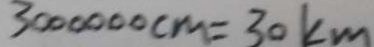
3 0 0 0 0 0 0 c m = 3 0 k m